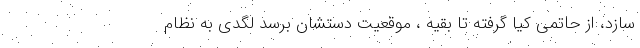
‌سازد، از حاتمی کیا گرفته تا بقیه ، موقعیت دستشان برسد لگدی به نظام